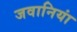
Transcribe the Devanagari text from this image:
जवानियां